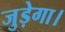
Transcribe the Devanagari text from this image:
जुड़ेगा।